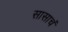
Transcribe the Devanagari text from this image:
सासाचं